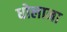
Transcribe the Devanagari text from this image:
धोलाना